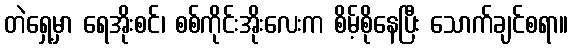
တဲရှေ့မှာ ရေအိုးစင်၊ စစ်ကိုင်းအိုးလေးက စိမ့်စိုနေပြီး သောက်ချင်စရာ။